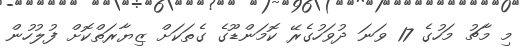
މި މާޗު މަހުގެ 17 ވަނަ ދުވަހުގެރޭ ކޮމަންޑޫގެ ގެތަކަށް ޒިޔާރަތްކޮށް ފުލުހުން